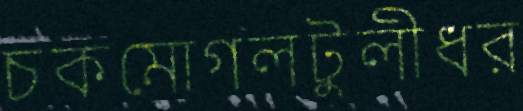
চকমোগলটুলীধর